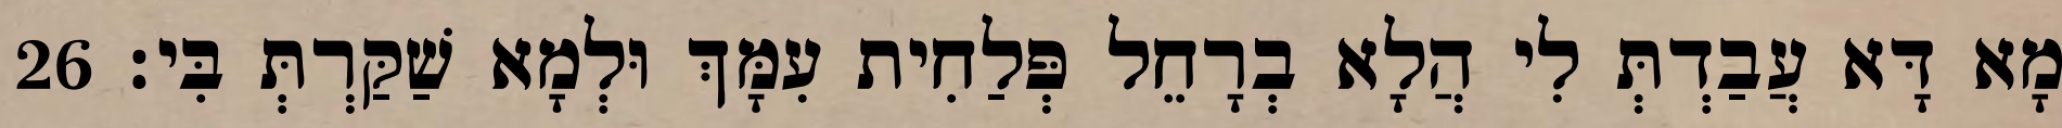
מָא דָּא עֲבַדְתְּ לִי הֲלָא בְרָחֵל פְּלַחִית עִמָּךְ וּלְמָא שַׁקַּרְתְּ בִּי׃ 26